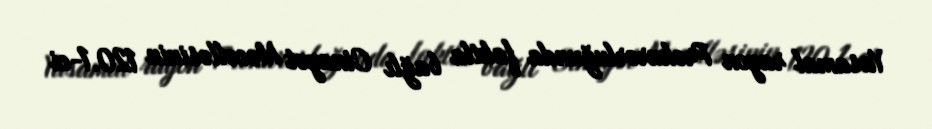
Yasamal rayon Prokurorluğunda faktla bağlı Cinayət Məcəlləsinin 120.1-ci